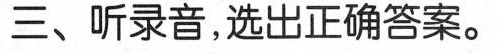
三、听录音,选出正确答案.